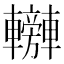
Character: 𨏰